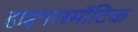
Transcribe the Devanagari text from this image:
हाइपरस्मॉटिक